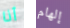
أنا إلهام